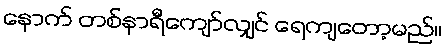
နောက် တစ်နာရီကျော်လျှင် ရေကျတော့မည်။